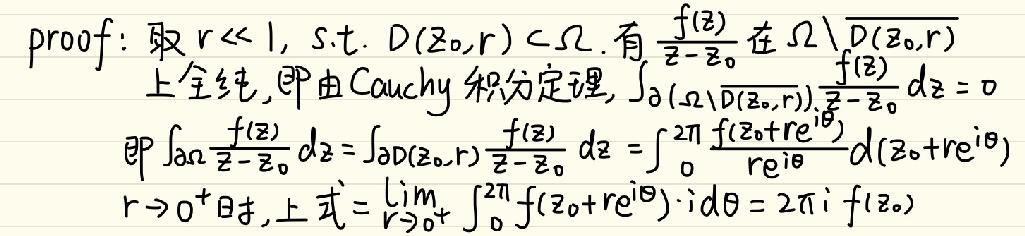
proof: 取\( r\ll1, s.t. D(z_0,r)\subset\Omega. \)有\( \frac{f(z)}{z - z_0} \)在\( \Omega\setminus\overline{D}(z_0,r)\)\\
上全纯, 即由 Cauchy 积分定理\(, \int_{\partial(\Omega\setminus\overline{D}(z_0,r))}\frac{f(z)}{z - z_0}dz = 0\)\\
即\( \int_{\partial\Omega}\frac{f(z)}{z - z_0}dz=\int_{\partial D(z_0,r)}\frac{f(z)}{z - z_0}dz=\int_{0}^{2\pi}\frac{f(z_0 + re^{i\theta})}{re^{i\theta}}d(z_0 + re^{i\theta})\)\\
\(r\rightarrow0^{+} \)时, 上式\(=\lim_{r\rightarrow0^{+}}\int_{0}^{2\pi}f(z_0 + re^{i\theta})\cdot id\theta = 2\pi i f(z_0)\)